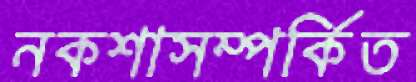
নকশাসম্পর্কিত